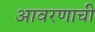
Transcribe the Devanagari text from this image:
आवरणाची